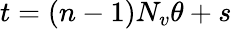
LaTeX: t=(n-1)N_{v}\theta+s